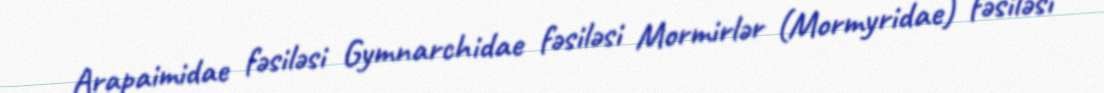
Arapaimidae fəsiləsi Gymnarchidae fəsiləsi Mormirlər (Mormyridae) fəsiləsi